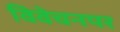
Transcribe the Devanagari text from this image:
विवेचनपर